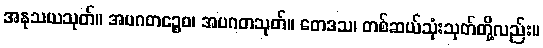
အနုသယသုတ်။ အပဂတဉ္စေဝ၊ အပဂတသုတ်။ တေဒသ၊ တစ်ဆယ်သုံးသုတ်တို့လည်း။